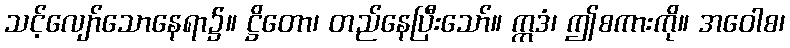
သင့်လျော်သောနေရာ၌။ ဋ္ဌိတော၊ တည်နေပြီးသော်။ ဣဒံ၊ ဤစကားကို။ အဝေါစ၊